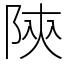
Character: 陝